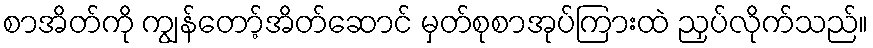
စာအိတ်ကို ကျွန်တော့်အိတ်ဆောင် မှတ်စုစာအုပ်ကြားထဲ ညှပ်လိုက်သည်။